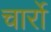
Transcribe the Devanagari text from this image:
चार्रो